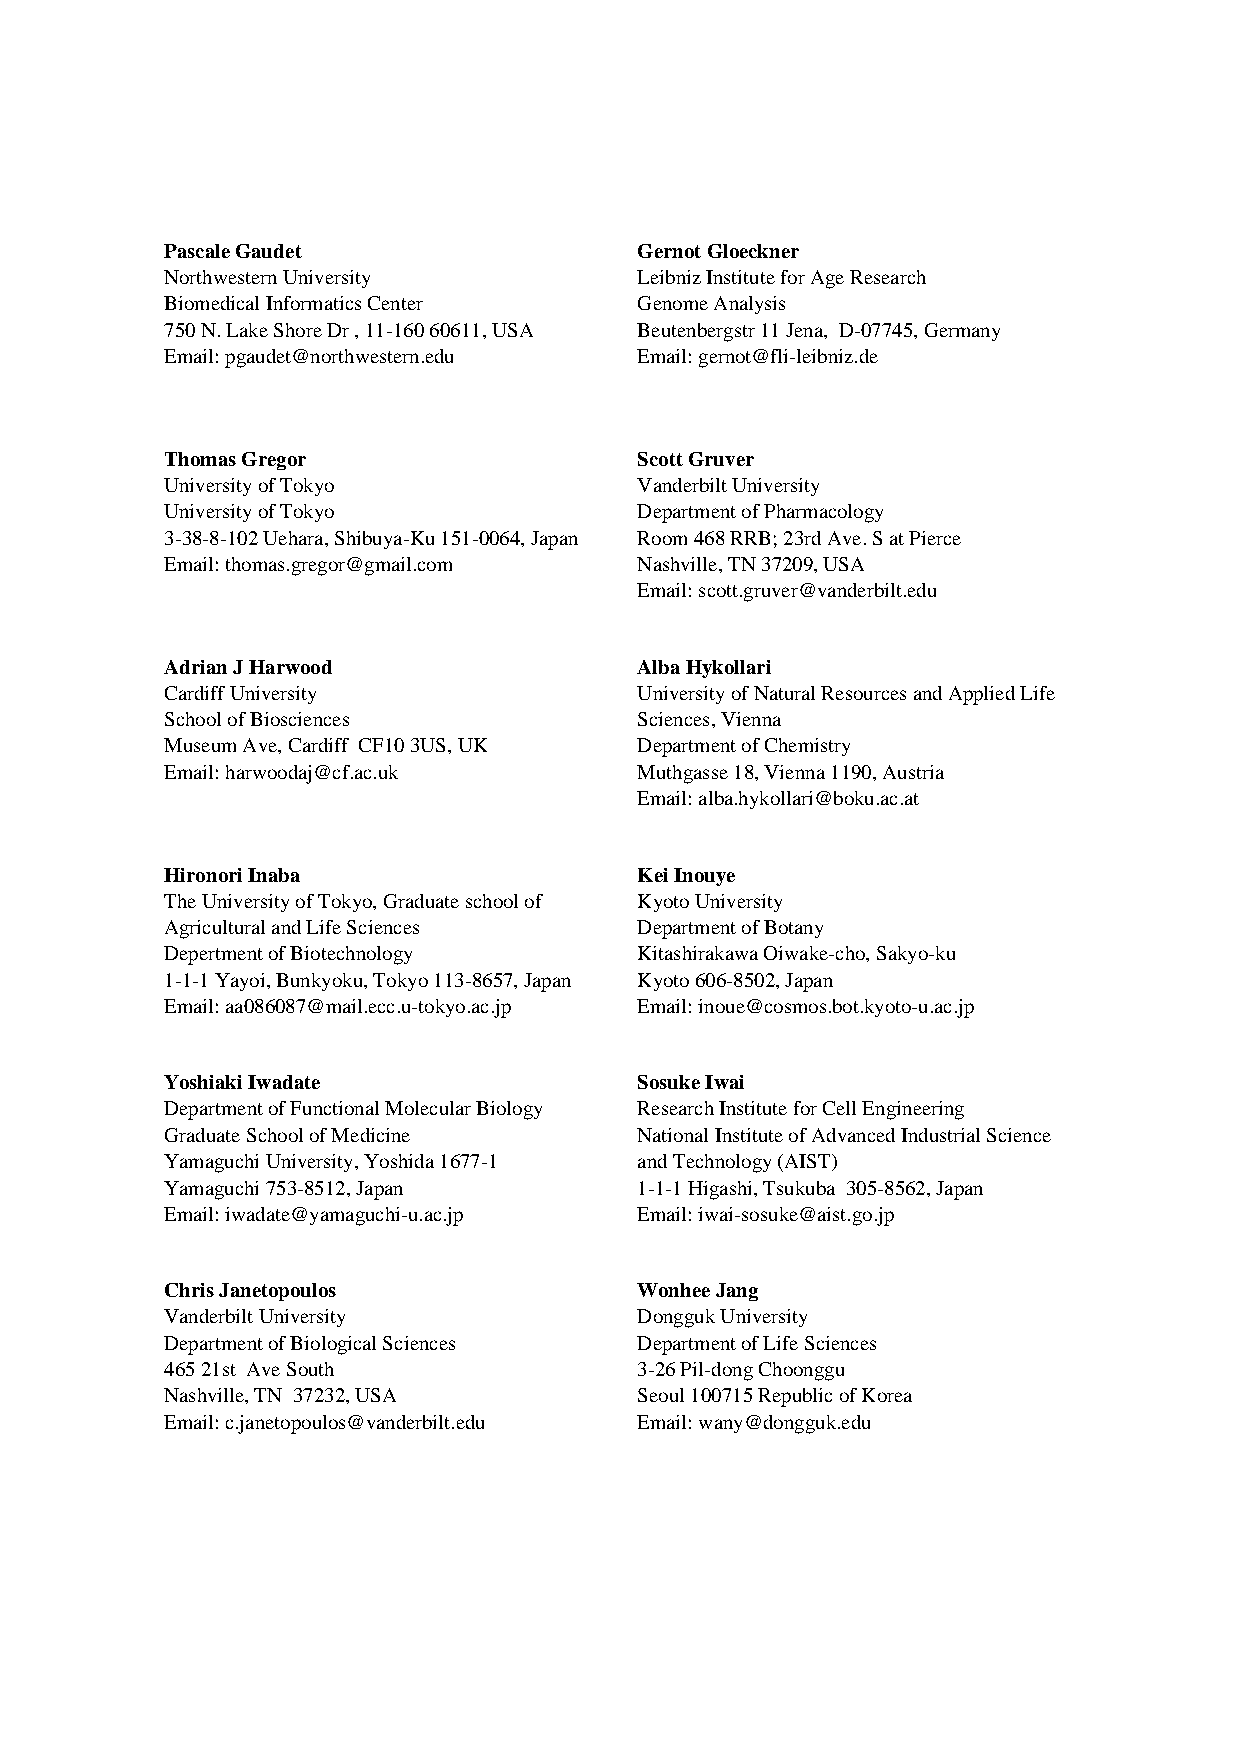
Pascale Gaudet               34 Gernot Gloeckner
 Northwestern University        Leibniz Institute for Age Research
 Biomedical Informatics Center  Genome Analysis
 750 N. Lake Shore Dr , 11-160 60611, USA Beutenbergstr 11 Jena, D-07745, Germany
 35
 Email: pgaudet@northwestern.edu Email: gernot@fli-leibniz.de
 36
 Thomas Gregor                37 Scott Gruver
 University of Tokyo            Vanderbilt University
 University of Tokyo            Department of Pharmacology
 3-38-8-102 Uehara, Shibuya-Ku 151-0064, Japan Room 468 RRB; 23rd Ave. S at Pierce
 38
 Email: thomas.gregor@gmail.com Nashville, TN 37209, USA
 Email: scott.gruver@vanderbilt.edu
 39
 Adrian J Harwood             40 Alba Hykollari
 Cardiff University             University of Natural Resources and Applied Life
 School of Biosciences          Sciences, Vienna
 Museum Ave, Cardiff CF10 3US, UK Department of Chemistry
 41
 Email: harwoodaj@cf.ac.uk      Muthgasse 18, Vienna 1190, Austria
 Email: alba.hykollari@boku.ac.at
 42
 Hironori Inaba               43 Kei Inouye
 The University of Tokyo, Graduate school of Kyoto University
 Agricultural and Life Sciences Department of Botany
 Depertment of Biotechnology    Kitashirakawa Oiwake-cho, Sakyo-ku
 44
 1-1-1 Yayoi, Bunkyoku, Tokyo 113-8657, Japan Kyoto 606-8502, Japan
 Email: aa086087@mail.ecc.u-tokyo.ac.jp Email: inoue@cosmos.bot.kyoto-u.ac.jp
 45
 Yoshiaki Iwadate             46 Sosuke Iwai
 Department of Functional Molecular Biology Research Institute for Cell Engineering
 Graduate School of Medicine    National Institute of Advanced Industrial Science
 Yamaguchi University, Yoshida 1677-1 and Technology (AIST)
 47
 Yamaguchi 753-8512, Japan      1-1-1 Higashi, Tsukuba 305-8562, Japan
 Email: iwadate@yamaguchi-u.ac.jp Email: iwai-sosuke@aist.go.jp
 48
 Chris Janetopoulos           49 Wonhee Jang
 Vanderbilt University          Dongguk University
 Department of Biological Sciences Department of Life Sciences
 465 21st Ave South             3-26 Pil-dong Choonggu
 50
 Nashville, TN 37232, USA       Seoul 100715 Republic of Korea
 Email: c.janetopoulos@vanderbilt.edu Email: wany@dongguk.edu
 51